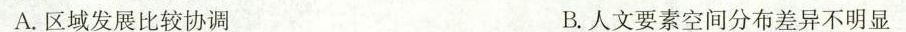
A.区域发展比较协调 B.人文要素空间分布差异不明显